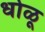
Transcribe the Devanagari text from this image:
धोळू